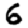
Digit: 6